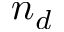
n _ { d }